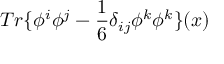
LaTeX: T r \{ \phi ^ { i } \phi ^ { j } - \frac { 1 } { 6 } \delta _ { i j } \phi ^ { k } \phi ^ { k } \} ( x )